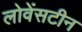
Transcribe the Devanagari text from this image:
लोवेंसटीन